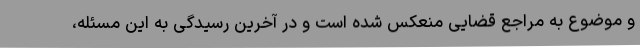
و موضوع به مراجع قضایی منعکس شده است و در آخرین رسیدگی به این مسئله،